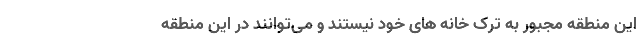
این منطقه مجبور به ترک خانه های خود نیستند و می‌توانند در این منطقه